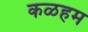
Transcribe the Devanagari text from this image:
कळहम